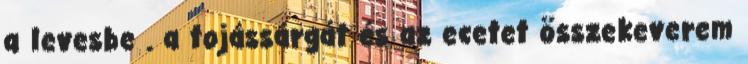
a levesbe . a tojássárgát és az ecetet összekeverem